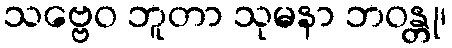
သဗ္ဗေဝ ဘူတာ သုမနာ ဘဝန္တု၊